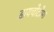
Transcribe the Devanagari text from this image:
डायचोटोमा